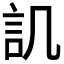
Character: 𮗸